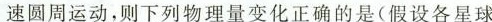
速圆周运动，则下列物理量变化正确的是(假设各星球